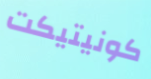
كونيتيكت